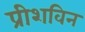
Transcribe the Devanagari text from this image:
प्रीशविन